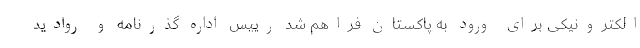
الکترونیکی برای ورود به پاکستان فراهم شد رییس اداره گذرنامه و روادید